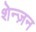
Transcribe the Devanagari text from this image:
शेन्ज़न